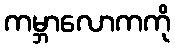
ကမ္ဘာလောကကို